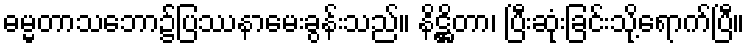
ဓမ္မတာသဘော၌ပြဿနာမေးခွန်းသည်။ နိဋ္ဌိတာ၊ ပြီးဆုံးခြင်းသို့ရောက်ပြီ။